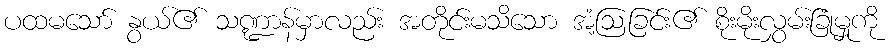
ပထမသော် နွယ်၏ သဏ္ဍာန်မှာလည်း အတိုင်းမသိသော အံ့ဩခြင်း၏ စိုးမိုးလွှမ်းခြုံမှုကို